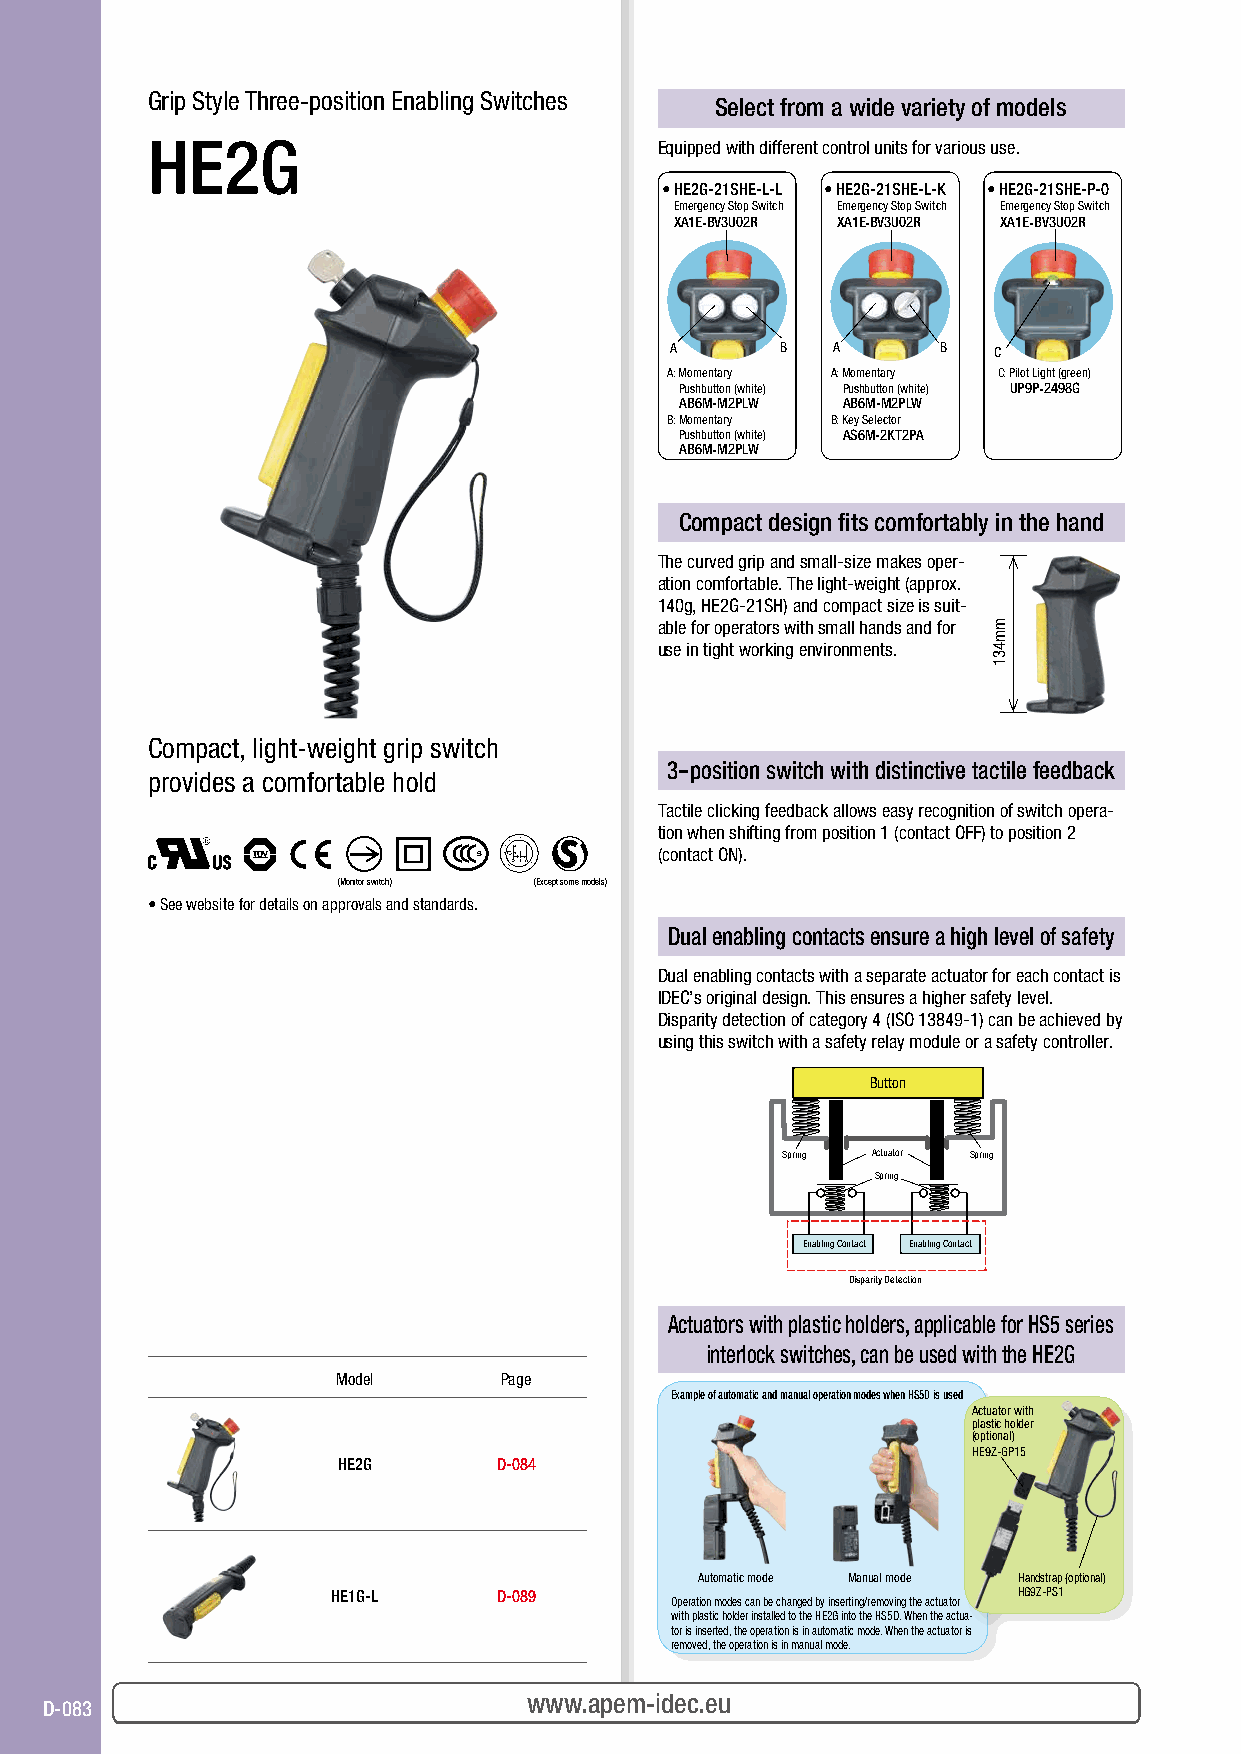
Grip Style Three-position Enabling Switches
 Select from a wide variety of models
 HE2G                              Equipped with different control units for various use.
 • HE2G-21SHE-L-L • HE2G-21SHE-L-K • HE2G-21SHE-P-0
 Emergency Stop Switch Emergency Stop Switch Emergency Stop Switch
 XA1E-BV3U02R XA1E-BV3U02R XA1E-BV3U02R
 A       B  A      B   C
 A: Momentary A: Momentary C: Pilot Light (green)
 Pushbutton (white) Pushbutton (white) UP9P-2498G
 AB6M-M2PLW AB6M-M2PLW
 B: Momentary B: Key Selector
 Pushbutton (white) AS6M-2KT2PA
 AB6M-M2PLW
 Compact design fits comfortably in the hand
 The curved grip and small-size makes oper-
 ation comfortable. The light-weight (approx.
 140g, HE2G-21SH) and compact size is suit-
 able for operators with small hands and for
 use in tight working environments.
 Compact, light-weight grip switch
 3-position switch with distinctive tactile feedback
 provides a comfortable hold
 Tactile clicking feedback allows easy recognition of switch opera-
 tion when shifting from position 1 (contact OFF) to position 2
 (contact ON).
 (Monitor switch) (Except some models)
 • See website for details on approvals and standards.
 Dual enabling contacts ensure a high level of safety
 Dual enabling contacts with a separate actuator for each contact is
 IDEC’s original design. This ensures a higher safety level.
 Disparity detection of category 4 (ISO 13849-1) can be achieved by
 using this switch with a safety relay module or a safety controller.
 Button
 Spring Actuator Spring
 Spring
 Enabling Contact Enabling Contact
 Disparity Detection
 Actuators with plastic holders, applicable for HS5 series
 interlock switches, can be used with the HE2G
 Model      Page
 Example of automatic and manual operation modes when HS5D is used
 Actuator with
 plastic holder
 (optional)
 HE9Z-GP15
 HE2G       D-084
 Automatic mode Manual mode Handstrap (optional)
 HE1G-L     D-089                             HG9Z-PS1
 Operation modes can be changed by inserting/removing the actuator
 with plastic holder installed to the HE2G into the HS5D. When the actua-
 tor is inserted, the operation is in automatic mode. When the actuator is
 removed, the operation is in manual mode.
 For more infor mwawtwio.na,p veimsit- idhettcp.e:/u/asia.idec.com
 D-083
 mm431